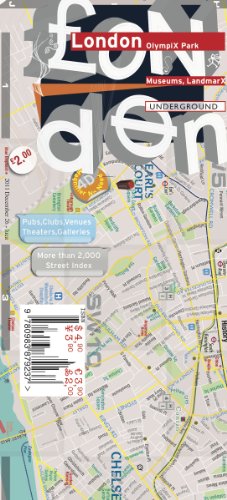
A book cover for TerraMaps London Street Maps - Tube - Laminated; Alberto Michieli; Travel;